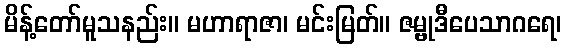
မိန့်တော်မူသနည်း။ မဟာရာဇာ၊ မင်းမြတ်။ ဇမ္ဗုဒီပေသာဂရေ၊